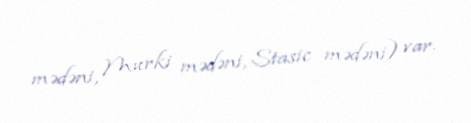
mədəni, Murki mədəni, Stasic mədəni) var.